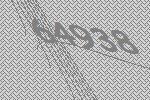
64938